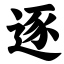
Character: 逐